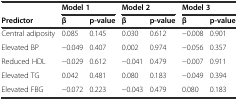
|  | <COLSPAN=2> Model 1 | <COLSPAN=2> Model 2 | <COLSPAN=2> Model 3 |
 | Predictor | β | p-value | β | p-value | β | p-value |
 | --- | --- | --- | --- | --- | --- | --- |
 | Central adiposity | 0.085 | 0.145 | 0.030 | 0.612 | −0.008 | 0.901 |
 | Elevated BP | −0.049 | 0.407 | 0.002 | 0.974 | −0.056 | 0.357 |
 | Reduced HDL | −0.029 | 0.612 | −0.041 | 0.479 | −0.007 | 0.911 |
 | Elevated TG | 0.042 | 0.481 | 0.080 | 0.183 | −0.049 | 0.394 |
 | Elevated FBG | −0.072 | 0.223 | −0.043 | 0.479 | 0.080 | 0.183 |